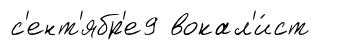
с'ент'ябр'е9 вокал'и́ст